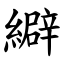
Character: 䌟